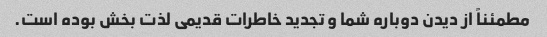
مطمئناً از دیدن دوباره شما و تجدید خاطرات قدیمی لذت بخش بوده است.